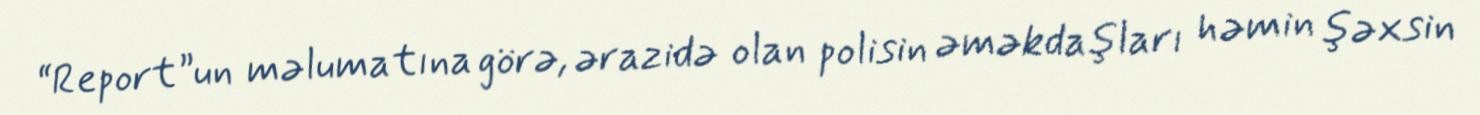
“Report”un məlumatına görə, ərazidə olan polisin əməkdaşları həmin şəxsin